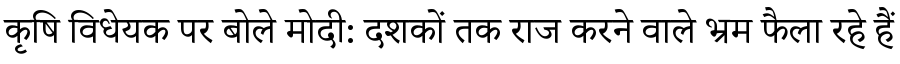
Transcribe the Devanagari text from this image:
कृषि विधेयक पर बोले मोदी: दशकों तक राज करने वाले भ्रम फैला रहे हैं